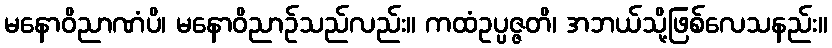
မနောဝိညာဏံပိ၊ မနောဝိညာဉ်သည်လည်း။ ကထံဥပ္ပဇ္ဇတိ၊ အဘယ်သို့ဖြစ်လေသနည်း။